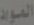
المواد